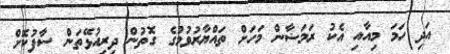
އަދި ހަމަ މިއާއި އެކު ރަމަޟާން މަހަށް ތައްޔާރުވުމުގެ ގޮތުން ދިރިއުޅޭތަން ސާފުކޮށް